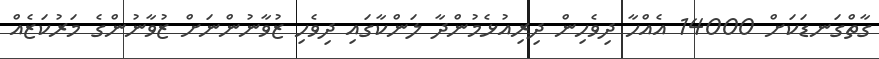
ގާތްގަނޑަކަށް 14000 އެއްހާ ދިވެހިން ދިރިއުޅެމުންދާ ލަންކާގައި ދިވެހި ޒުވާނުންނަށް ޒުވާނުންގެ މަރުކަޒެއް